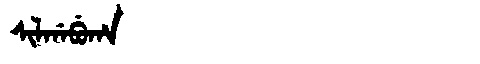
Manchu: ᠰᡳᠯᡤᠠᠪᡠᡥᠠ
Romanization: SILGABUHA